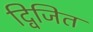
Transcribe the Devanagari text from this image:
द्विजित